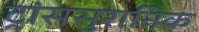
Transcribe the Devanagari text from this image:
ट्रांससुरानिक